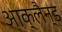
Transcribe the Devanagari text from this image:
आक्लैन्ड